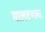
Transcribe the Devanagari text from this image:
मालवणला